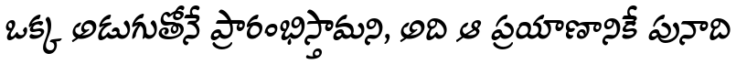
ఒక్క అడుగుతోనే ప్రారంభిస్తామని, అది ఆ ప్రయాణానికే పునాది